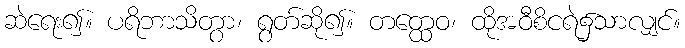
ဆဲရေး၍။ ပရိဘာသိတွာ၊ ရွတ်ဆို၍။ တတ္ထေဝ၊ ထိုအဝီစိငရဲ၌သာလျှင်။